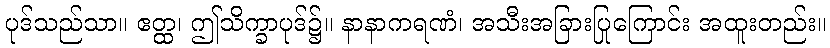
ပုဒ်သည်သာ။ ဧတ္ထ၊ ဤသိက္ခာပုဒ်၌။ နာနာကရဏံ၊ အသီးအခြားပြုကြောင်း အထူးတည်း။